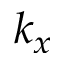
k _ { x }